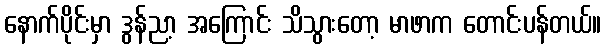
နောက်ပိုင်းမှာ ဒွန်ညာ့ အကြောင်း သိသွားတော့ မာဖာက တောင်းပန်တယ်။